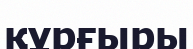
құрғыры